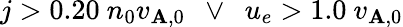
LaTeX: j>0.20\ n_{0}v_{\mathbf{A},0}\ \ \lor\ \ u_{e}>1.0\ v_{\mathbf{A},0}